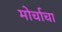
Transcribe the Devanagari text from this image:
मोर्चाचा